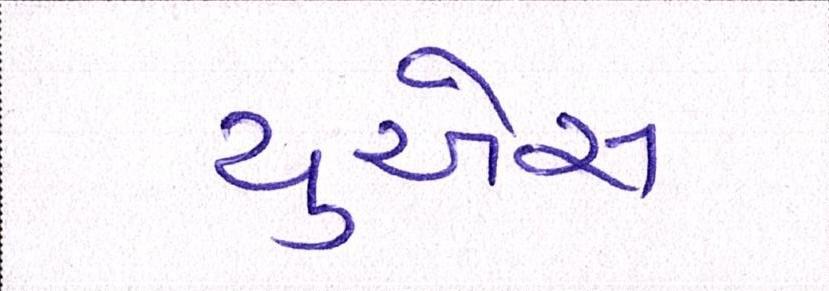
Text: યુએસ